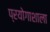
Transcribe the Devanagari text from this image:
प्रयोगाशाला